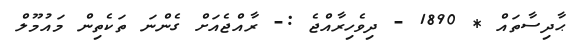
ޙާދިސާތައް * 1890 - ދިވެހިރާއްޖެ :- ރާއްޖެއަށް ގެންނަ ތަކެތިން މައުމޫލް